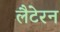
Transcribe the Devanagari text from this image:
लैटेरन